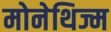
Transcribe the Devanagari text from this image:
मोनेथिज्म